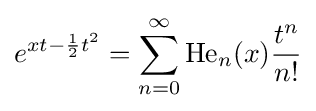
e^{xt-{\frac {1}{2}}t^{2}}=\sum _{n=0}^{\infty }\operatorname {He} _{n}(x){\frac {t^{n}}{n!}}